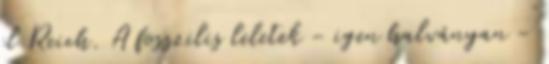
el Reich. A fosszilis leletek - igen halványan -